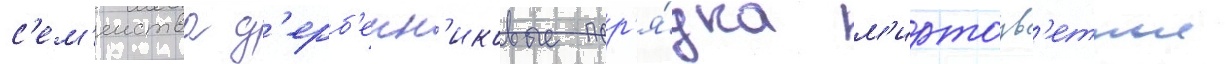
с'ем'еиства д'ерб'енн'иковые пор'я́дка м'иртоцв'етные